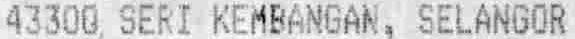
43300 SERI KEMBANGAN, SELANGOR